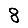
Digit: 8